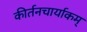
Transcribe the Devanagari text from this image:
कीर्तनचार्याकम्‌